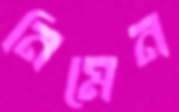
নিমেন